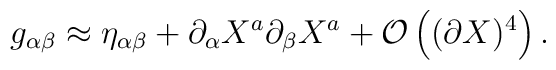
g_{\alpha \beta} \approx \eta_{\alpha \beta} + \partial_\alpha X^a\partial_\beta X^a+{\cal O} \left((\partial X)^4 \right).